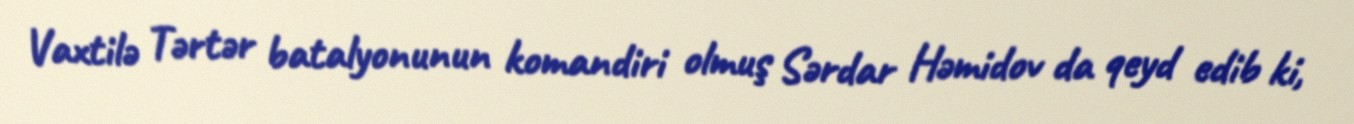
Vaxtilə Tərtər batalyonunun komandiri olmuş Sərdar Həmidov da qeyd edib ki,